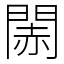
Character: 䦝